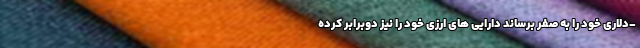
-دلاری خود را به صفر برساند دارایی های ارزی خود را نیز دوبرابر کرده